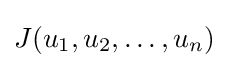
J(u_{1},u_{2},\ldots ,u_{n})